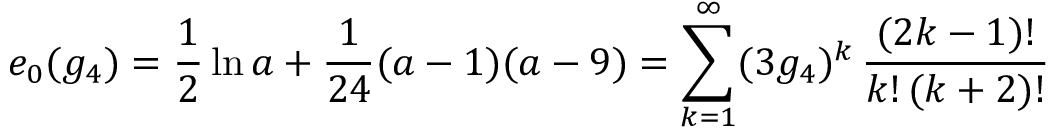
e _ { 0 } ( g _ { 4 } ) = \frac { 1 } { 2 } \ln a + \frac { 1 } { 2 4 } ( a - 1 ) ( a - 9 ) = \sum _ { k = 1 } ^ { \infty } ( 3 g _ { 4 } ) ^ { k } \, \frac { ( 2 k - 1 ) ! } { k ! \, ( k + 2 ) ! }